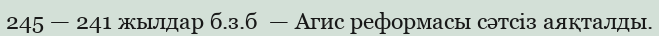
245 — 241 жылдар б.з.б  — Агис реформасы сәтсіз аяқталды.